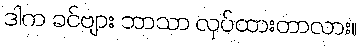
ဒါက ခင်ဗျား ဘာသာ လုပ်ထားတာလား။